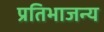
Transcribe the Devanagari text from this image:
प्रतिभाजन्य